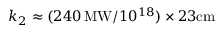
k _ { 2 } \approx ( 2 4 0 \, \mathrm { M W } / 1 0 ^ { 1 8 } ) \times 2 3 \mathrm { c m }